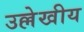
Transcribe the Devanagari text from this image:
उल्लेखीय